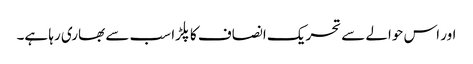
اور اس حوالے سے تحریک انصاف کا پلڑا سب سے بھاری رہا ہے۔